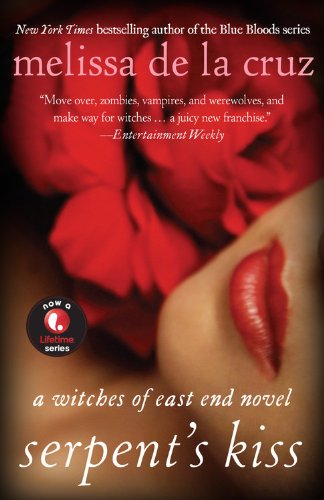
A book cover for Serpent's Kiss: A Witches of East End Novel; Melissa de la Cruz; Romance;